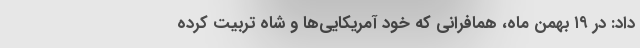
داد: در ۱۹ بهمن ماه، همافرانی که خودِ آمریکایی‌ها و شاه تربیت کرده